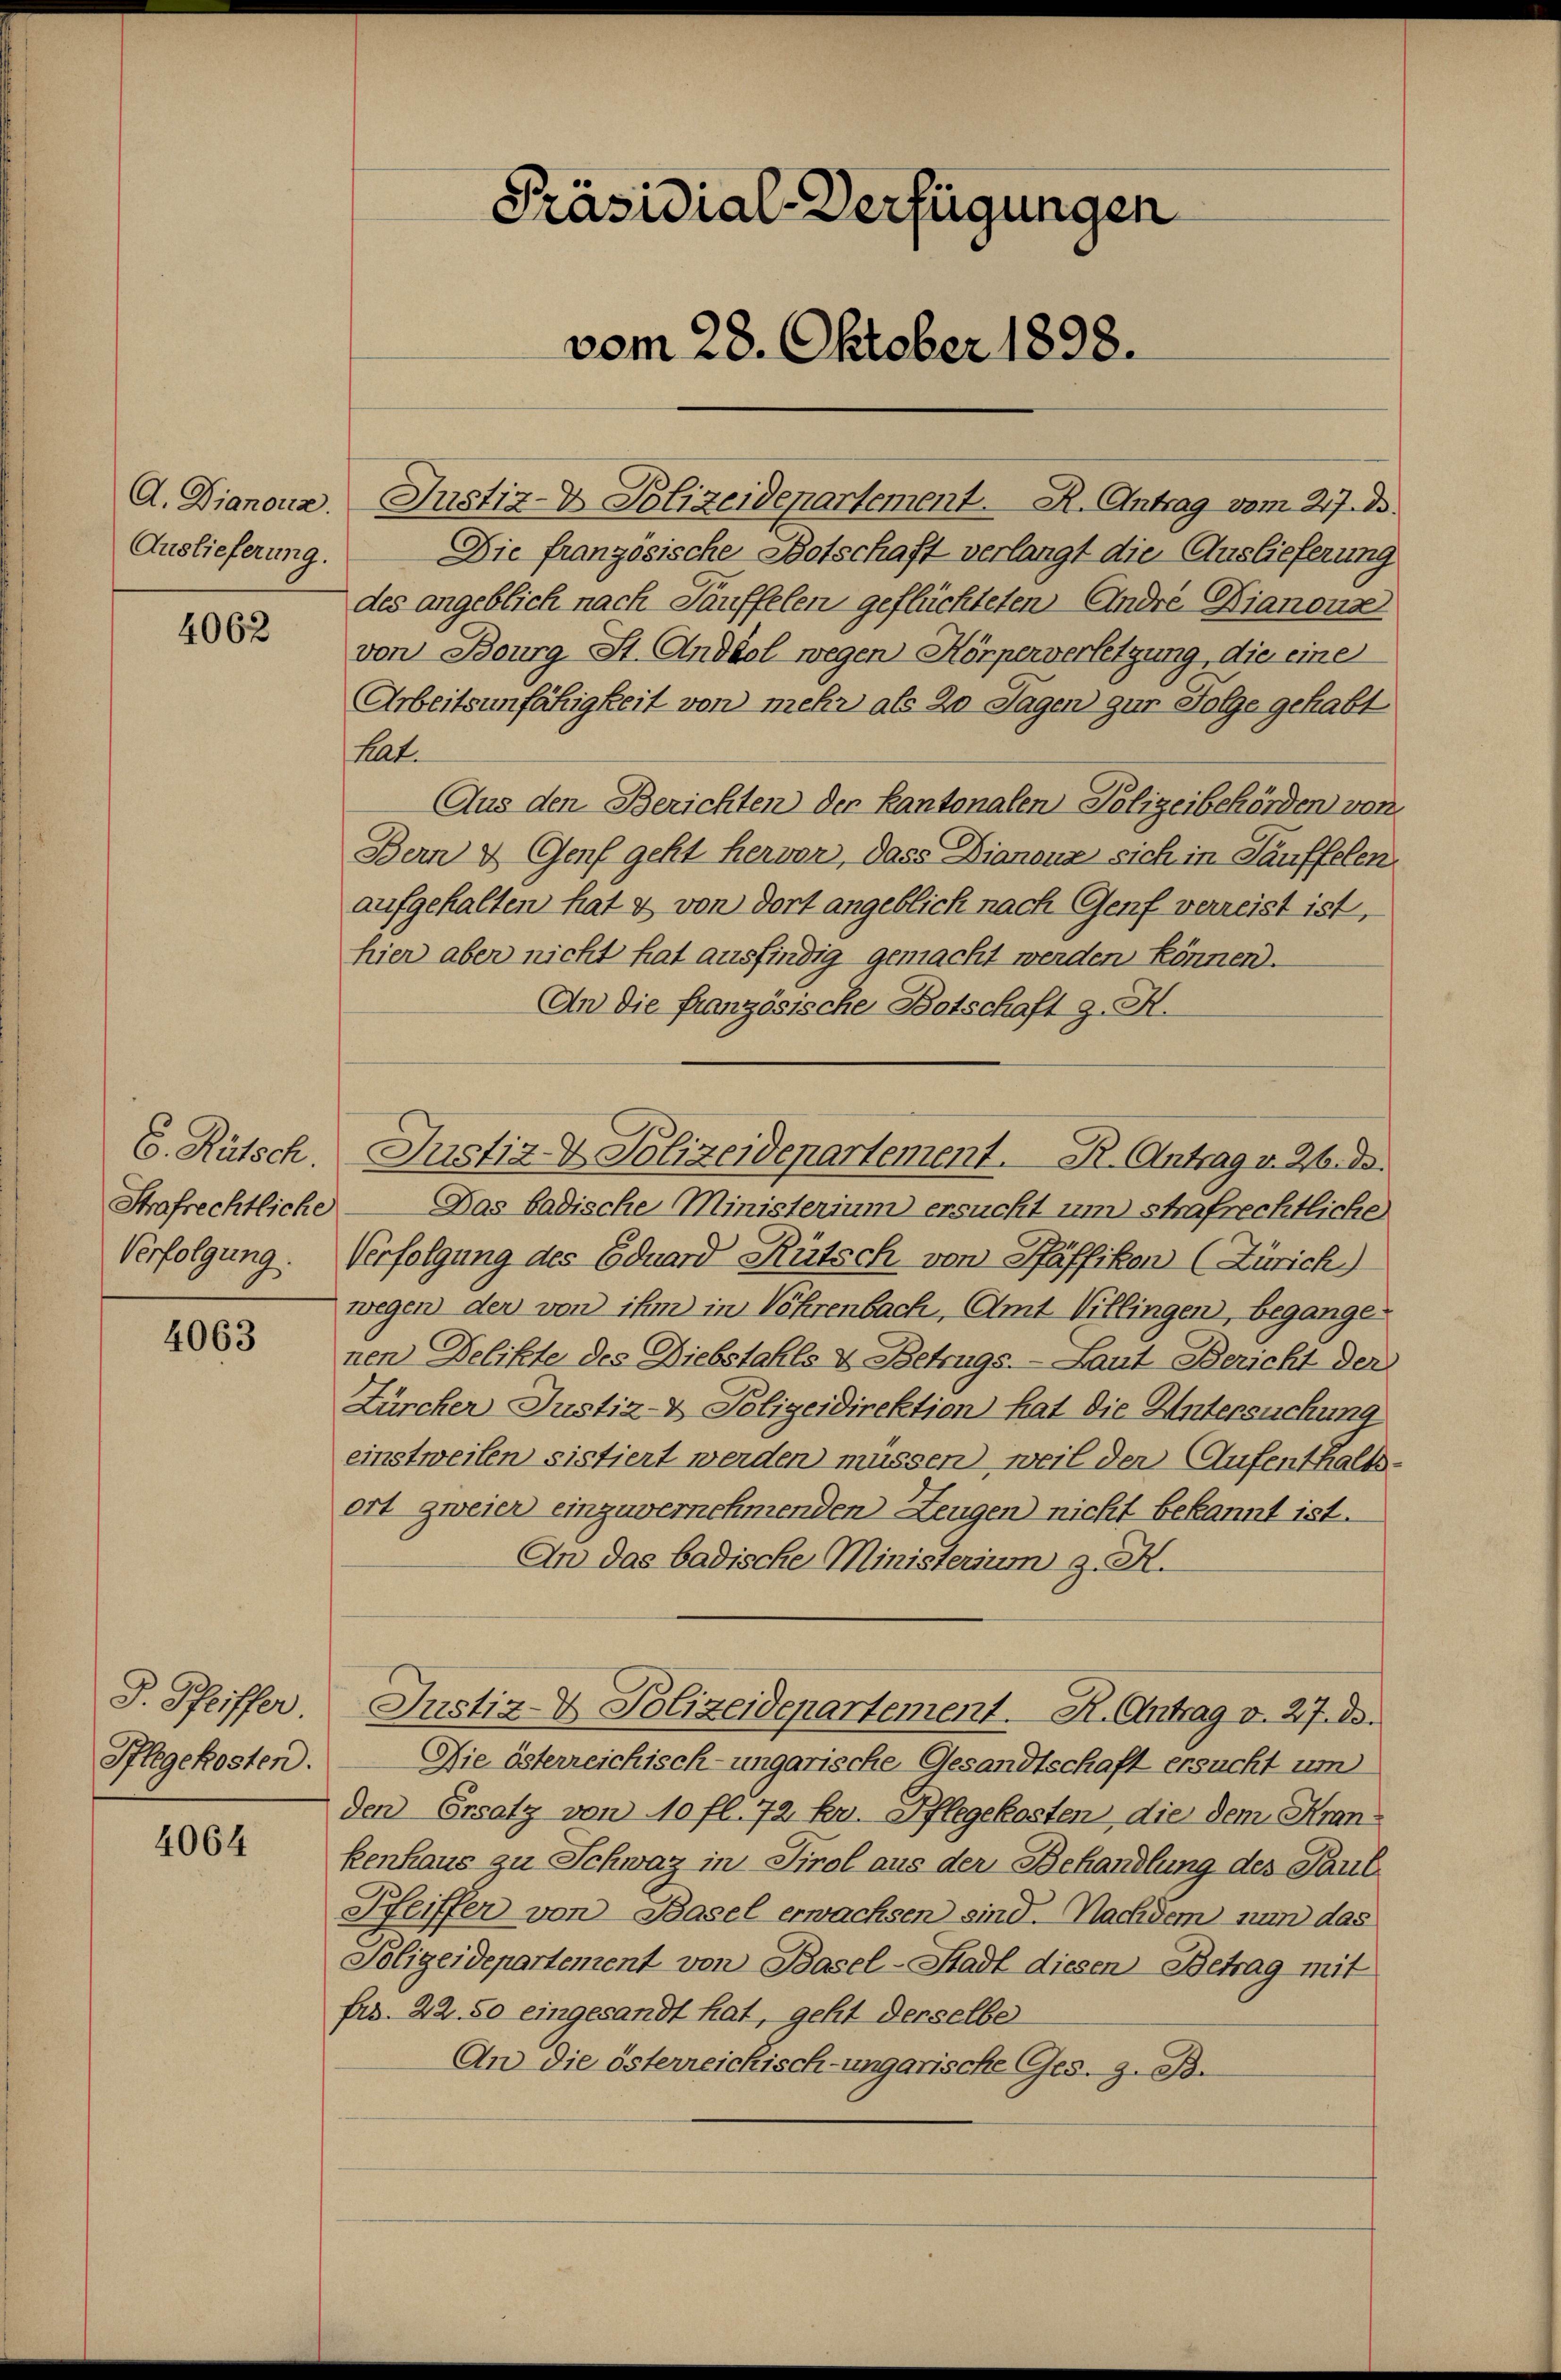
Auslieferung.

4062

E. Rütsch.
Strafrechtliche
Verfolgung.

4063

J. Pfeiffer
Pflegekosten.

4064

Präsidial-Verfügungen
vom 28. Oktober 1898.

A. Dianouz. Justiz- & Polizeidepartement. R. Antrag vom 27. d.
Die französische Botschaft verlangt die Auslieferung
des angeblich nach Täuffelen geflüchteten Andre Dianons
von Bourg St. Androl wegen Körperverletzung, die eine
Arbeitsunfähigkeit von mehr als 20 Tagen zur Folge gehabt
hat.
Aus den Berichten der Kantonalen Polizeibehörden von
Bern & Genf geht hervor, dass Dianone sich in Lauffelen
aufgehalten hat & von dort angeblick nach Genf verreist ist,
hier aber nicht hat ausfindig gemacht werden können.
An die französische Botschaft z. H.
Das badische Ministerium ersucht um strafrechtliche
Verfolgung des Eduard Rütsch von Pfäffikon (Zürich.)
wegen der von ihm in Vöhrenbach, Amt Villingen, begange
nen Delikte des Diebstahls & Betrags- Laut Bericht der
Zürcher Justiz- & Polizeidirektion hat die Untersuchung
einstweilen sistiert werden müssen) weil der Aufenthalts-
ort zweier einzuvernehmenden Zeugen nicht bekannt ist.
An das badische Ministerium z. H.
Justiz- & Polizeidepartement. K. Antrag v. 27. ds.
Die österreichisch-ungarische Gesandtschaft ersucht um
den Ersatz von 10 fl. 72 kr. Pflegekosten, die dem Krankenhaus zu Schweiz in Tirol aus der Behandlung des Paul
Pfeiffer von Basel erwachsen sind. Nachdem nun das
Polizeidepartement von Basel-Stadt diesen Betrag mit
fr. 22. 50 eingesandt hat, geht derselbe
An die österreichisch-ungarische Ges. z. B.

Justiz- & Polizeidepartement. R. Antrag v. 2. de